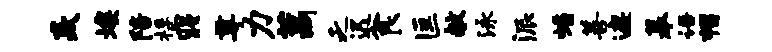
焱埃陪桴寝尊力藁乏迟食匡献泳派蟠善遮摹语帽